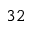
3 2